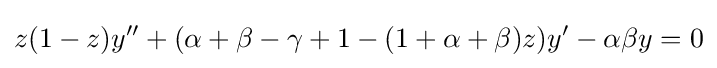
z(1-z)y''+(\alpha +\beta -\gamma +1-(1+\alpha +\beta )z)y'-\alpha \beta y=0